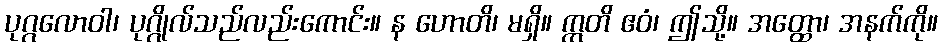
ပုဂ္ဂလောဝါ၊ ပုဂ္ဂိုလ်သည်လည်းကောင်း။ န ဟောတိ၊ မရှိ။ ဣတိ ဧဝံ၊ ဤသို့။ အတ္ထော၊ အနက်ကို။